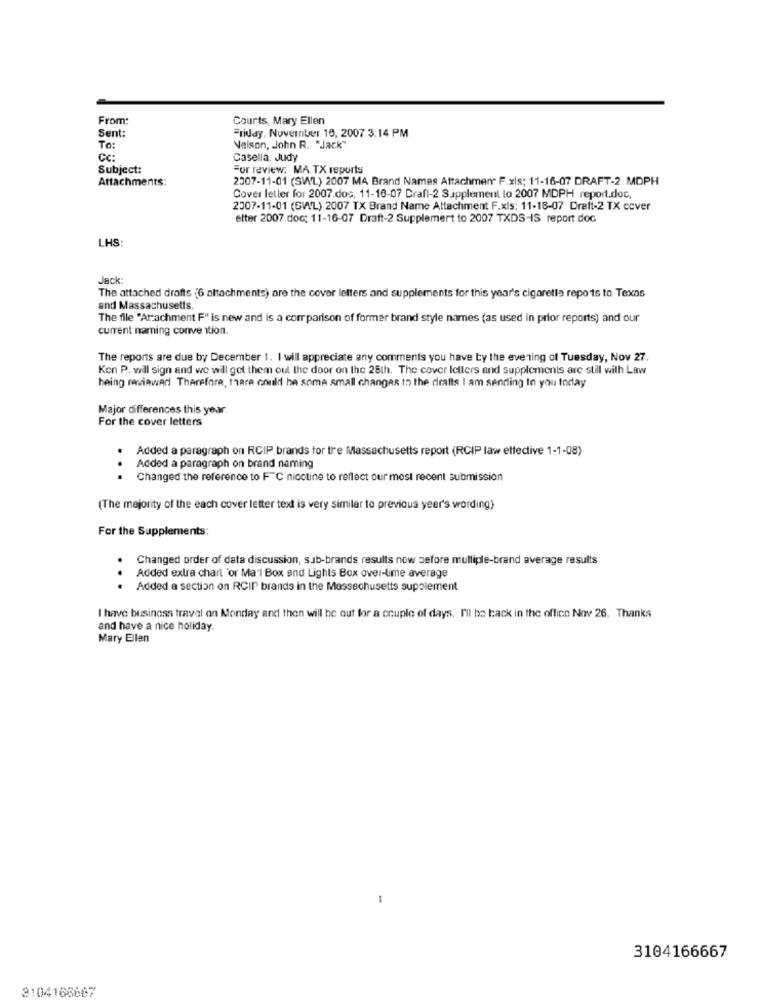
From:
Courts, Mary Ellen
Sent:
Friday, November 16, 2007 3:14 PM
To:
Valson, John R. "Jack"
CC:
Casella. Judy
Subject:
For review. MA TX reports
Attachments:
2007-11-01 (SWL) 2007 MA Brand Names Attachment F.xls; 11-16-07 DRAFT-2 MDPH
Cover letter for 2007.dos, 11-16-07 Craft-2 Supplement lo 2007 MDPH report.doc,
2307-11-01 (GWL) 2007 TX Brand Name Attachment F.xls: 11-18-07 Draft-2 TX cover
etter 2007.doc; 11-16-07 Draft-2 Supplemert to 2007 TXDS-IS report.doc
LHS
Jack:
The attached drafts (6 attachments) are the cover letters and supplements for this year's cigaretta repo ts to Texas
and Massachusetts.
The file "Arachment F" is new and is a corr parison of former brand style names (as used in prior reports) and our
current naming convention.
The reports are due by December 1. I will appreciate any comments you have by the evening of Tuesday, Nov 27.
Ken P. will sign and we will get them out the door on the 26th. The cover Iellers and supplements are still with Law
being raviawad Therefore, thara could be some small changes to the drafts I am sending to you today
Major differences this year:
For the cover letters
Added a paragraph on RCIP brands for tre Massachusetts report (RCIP law effective 1-1-08)
.
Added a paragraph on brand naming
. Changed the reference to F"℃ nicotine to reflect our most recent submission
(The majority of the each cover letter text is very similar to previous year's wording)
For the Supplements:
.
Changed order of data discussion, sub-brands results now before multiple-brand average results
Added extra chart 'or Mal Box and Lights Box over-time average
. Added a section on RCIP brands in the Massachusetts supplement
I have business travel on Monday and then will be out for a couple of days. I'll be back in the office Nov 26. Thanks
and have a nice holiday.
Mary Ellen
-
3104166667
3104166667